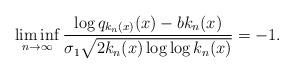
LaTeX: \begin{align*}\liminf\limits_{n \to \infty} \frac{\log q_{k_n(x)}(x)- bk_n(x)}{\sigma_1\sqrt{2k_n(x)\log\log k_n(x)}} = -1.\end{align*}